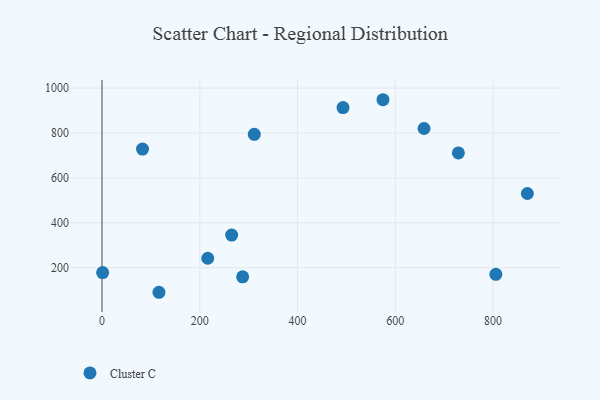
{"axis": {"x": "Distance", "y": "Fuel Efficiency"}, "legend": ["Cluster C"], "data": [{"x": "311.5", "y": 794.0, "type": "Cluster C"}, {"x": "287.7", "y": 159.3, "type": "Cluster C"}, {"x": "82.9", "y": 728.6, "type": "Cluster C"}, {"x": "729.0", "y": 711.3, "type": "Cluster C"}, {"x": "216.3", "y": 242.1, "type": "Cluster C"}, {"x": "265.2", "y": 345.2, "type": "Cluster C"}, {"x": "658.7", "y": 820.0, "type": "Cluster C"}, {"x": "1.3", "y": 178.2, "type": "Cluster C"}, {"x": "493.0", "y": 913.2, "type": "Cluster C"}, {"x": "870.1", "y": 530.5, "type": "Cluster C"}, {"x": "574.7", "y": 948.3, "type": "Cluster C"}, {"x": "805.6", "y": 170.4, "type": "Cluster C"}, {"x": "116.5", "y": 90.5, "type": "Cluster C"}]}